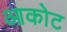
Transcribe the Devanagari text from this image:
आकोट